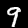
Label: 9